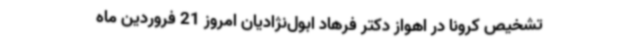
تشخیص کرونا در اهواز دکتر فرهاد ابول‌نژادیان امروز 21 فروردین ماه